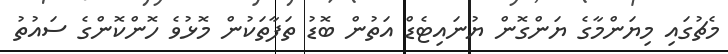
މެޗުގައި މިޔަންމާގެ ޔަންގޮން ޔުނައިޓެޑް އަތުން ބޮޑު ތަފާތަކުން މޮޅުވެ ހޮންކޮންގެ ސައުތު